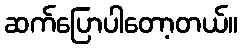
ဆက်ပြောပါတော့တယ်။